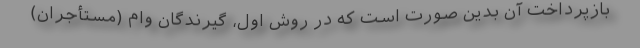
بازپرداخت آن بدین صورت است که در روش اول، گیرندگان وام (مستأجران)